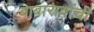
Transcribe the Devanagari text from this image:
बाबारावांची